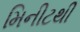
મિનીટથી